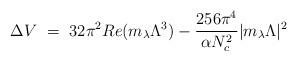
LaTeX: \begin{align*}\Delta V ~=~32 \pi^2 Re ( m_\lambda \Lambda^3) - {256 \pi^4 \over \alpha N_c^2} |m_\lambda \Lambda|^2\end{align*}